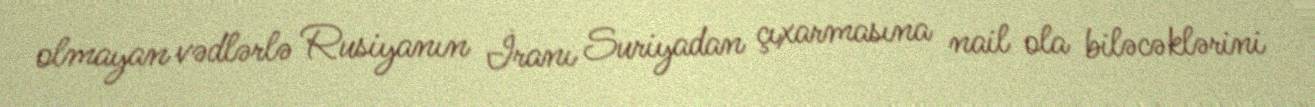
olmayan vədlərlə Rusiyanın İranı Suriyadan çıxarmasına nail ola biləcəklərini